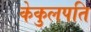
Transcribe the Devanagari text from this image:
केकुलपति